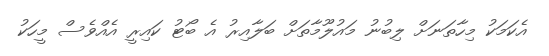
އެކަމަކު މިހާތަނަށް ލިބުނު މައުލޫމާތަށް ބަލާއިރު އެ ބޯޓު ކައިރީ އެއްވެސް މީހަކު